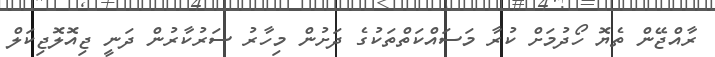
ރާއްޖޭން ތެޔޮ ހޯދުމަށް ކުރާ މަސައްކަތްތަކުގެ ދަށުން މިހާރު ސަރުކާރުން ދަނީ ޖިއޮލޮޖިކަލް